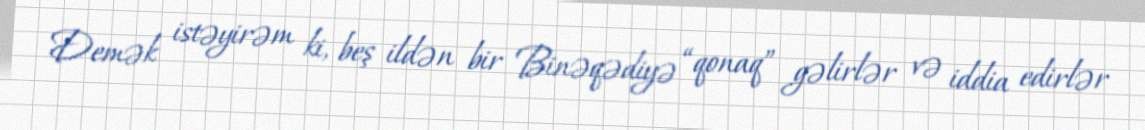
Demək istəyirəm ki, beş ildən bir Binəqədiyə “qonaq” gəlirlər və iddia edirlər